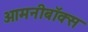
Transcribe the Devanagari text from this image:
ओमनीबॉक्स